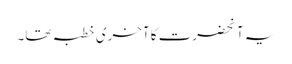
یہ آنحضرت کا آخری خطبہ تھا۔